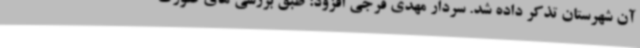
آن شهرستان تذکر داده شد. سردار مهدی فرجی افزود: طبق بررسی های صورت